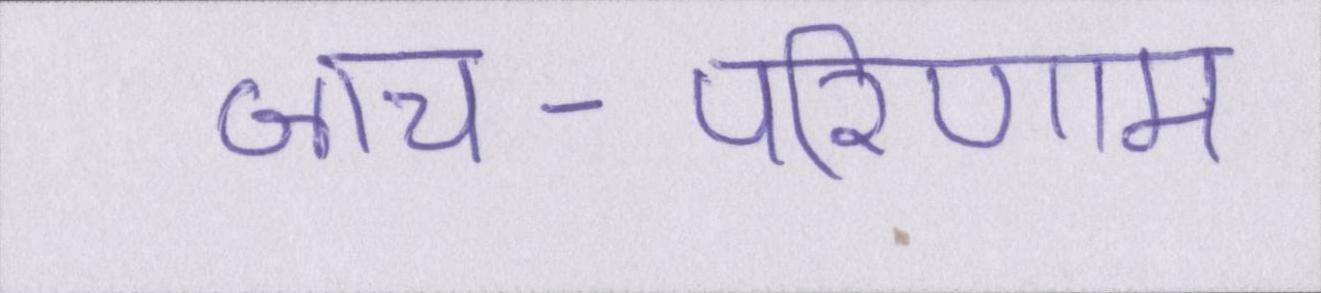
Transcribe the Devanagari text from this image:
जांच-परिणाम